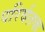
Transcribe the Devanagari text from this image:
परिर्वतक